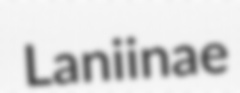
Laniinae